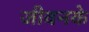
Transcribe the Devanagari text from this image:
जीवनके